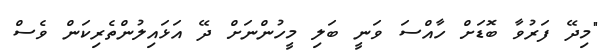
"މިދޭ ފަރުވާ ބޮޑަށް ހާއްސަ ވަނީ ބަލި މީހުންނަށް ދޭ އަޅައިލުންތެރިކަން ވެސް